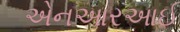
એનઆરઆઈ